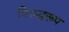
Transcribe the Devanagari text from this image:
विरुद्धरूप